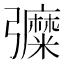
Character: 𢑀